Subject: cs
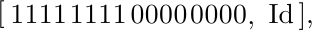
LaTeX code:
\begin{tikzpicture}[
nd/.style={outer sep=0, inner sep=2,right},
arr/.style={{Stealth[length=1.2mm]}-{Stealth[length=1.2mm]}},
]
\draw
 +(0     ,0) node[nd]     {[}
++(1.1ex, 0) node[nd] (0) {1}
++(1.2ex ,0) node[nd] (1) {1}
++(1.2ex ,0) node[nd] (2) {1}
++(1.2ex ,0) node[nd] (3) {1}
++(1.4ex ,0) node[nd] (4) {1}
++(1.2ex ,0) node[nd] (5) {1}
++(1.2ex ,0) node[nd] (6) {1}
++(1.2ex ,0) node[nd] (7) {1}
++(1.5ex ,0) node[nd] (8) {0}
++(1.2ex ,0) node[nd] (9) {0}
++(1.2ex ,0) node[nd] (a) {0}
++(1.2ex ,0) node[nd] (b) {0}
++(1.4ex ,0) node[nd] (c) {0}
++(1.2ex ,0) node[nd] (d) {0}
++(1.2ex ,0) node[nd] (e) {0}
++(1.2ex ,0) node[nd] (f) {0}
 +(1.2ex ,-0.4em) node[nd]{,}
 +(2.2ex ,-0.07em) node[nd, right] {\ $\mathrm{Id}$\,],};
\end{tikzpicture}